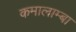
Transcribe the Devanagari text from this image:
कमालाम्बा